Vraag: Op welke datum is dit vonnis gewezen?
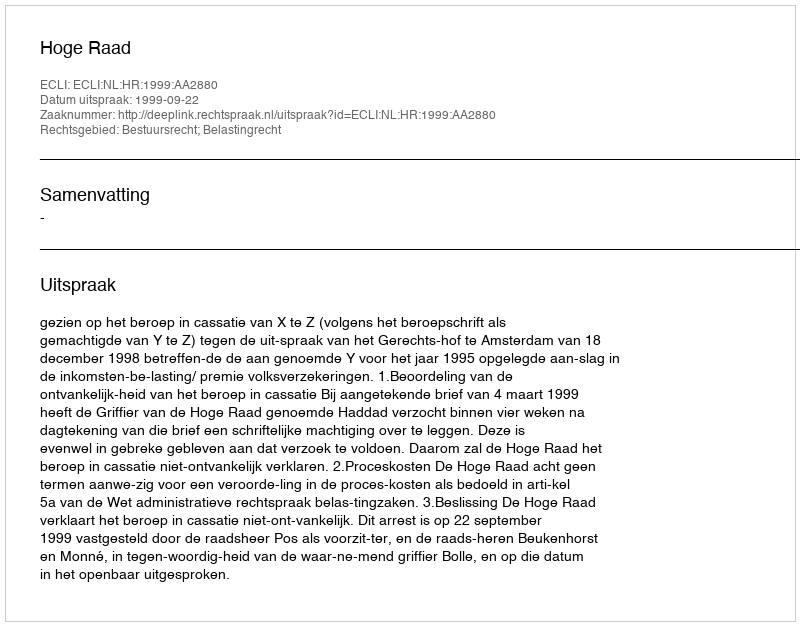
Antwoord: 1999-09-22